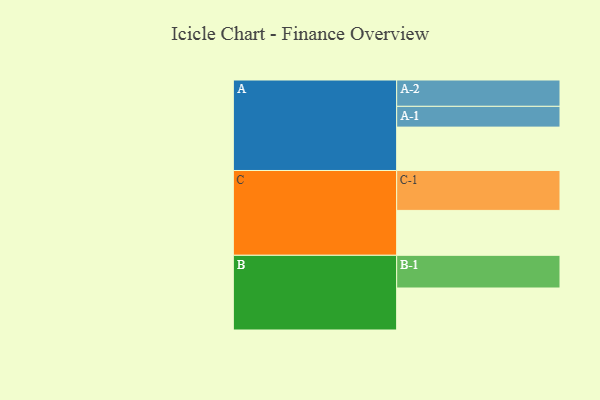
{"axis": {"x": "Segment", "y": "Value"}, "legend": ["", "A", "B", "C"], "data": [{"x": "A", "y": 313, "type": ""}, {"x": "B", "y": 303, "type": ""}, {"x": "C", "y": 324, "type": ""}, {"x": "A-1", "y": 150, "type": "A"}, {"x": "A-2", "y": 190, "type": "A"}, {"x": "B-1", "y": 236, "type": "B"}, {"x": "C-1", "y": 288, "type": "C"}]}